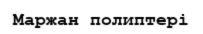
Маржан полиптері